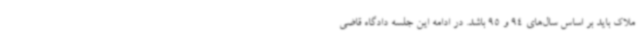
ملاک باید بر اساس سال‌های 94 و 95 باشد. در ادامه این جلسه دادگاه قاضی